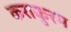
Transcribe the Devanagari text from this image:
कराकुरम